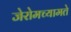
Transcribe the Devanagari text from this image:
जेरोमच्यामते